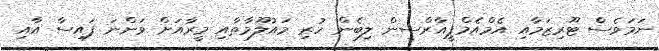
ނަމަވެސް ޓޫރިޒަމާއި އެމްއެމްޕީއާރްސީން ލިބެން ހުރި މައުލޫމާތާއި މީރާއަށް ވަންނަ ފައިސާ އާއި